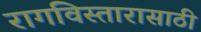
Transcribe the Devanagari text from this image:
रागविस्तारासाठी